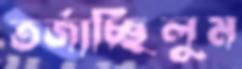
তর্জাচ্ছিলুম